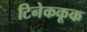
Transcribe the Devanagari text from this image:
टिनेककूक